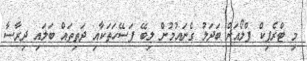
މި ޓްރެފިކް ފްލޯއަށް ބަދަލު ގެނައުމުން ލިބޭ ފަސޭހަތަކާއި ދަތިތައް ބަލައި ދިރާސާ